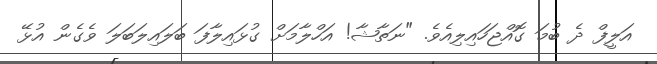
އަލީފް ދެ ބުމަ ގޮއްޖަހައިލިއެވެ. "ނަތާޝާ! އަހްލާމަށް ގުޅައިލާފަ ބަލައިލަބަލަ ވެގެން އުޅޭ